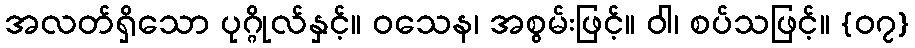
အလတ်ရှိသော ပုဂ္ဂိုလ်နှင့်။ ဝသေန၊ အစွမ်းဖြင့်။ ဝါ၊ စပ်သဖြင့်။ {၀၇}